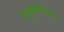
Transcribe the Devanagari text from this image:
साइकोपैथिक